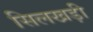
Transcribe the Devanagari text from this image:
सिलखड़ी